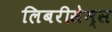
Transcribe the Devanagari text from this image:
लिबरीसेम्स